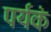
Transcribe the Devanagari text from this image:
पर्यकं